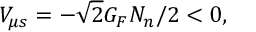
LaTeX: V _ { \mu s } = - \sqrt { 2 } G _ { F } N _ { n } / 2 < 0 ,